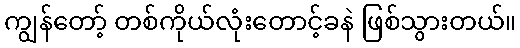
ကျွန်တော့် တစ်ကိုယ်လုံးတောင့်ခနဲ ဖြစ်သွားတယ်။